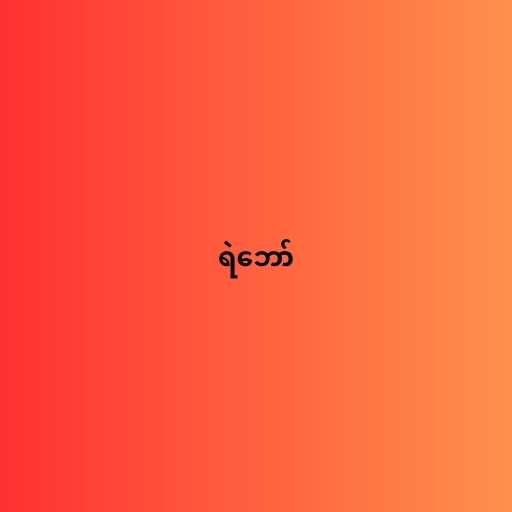
ရဲဘော်